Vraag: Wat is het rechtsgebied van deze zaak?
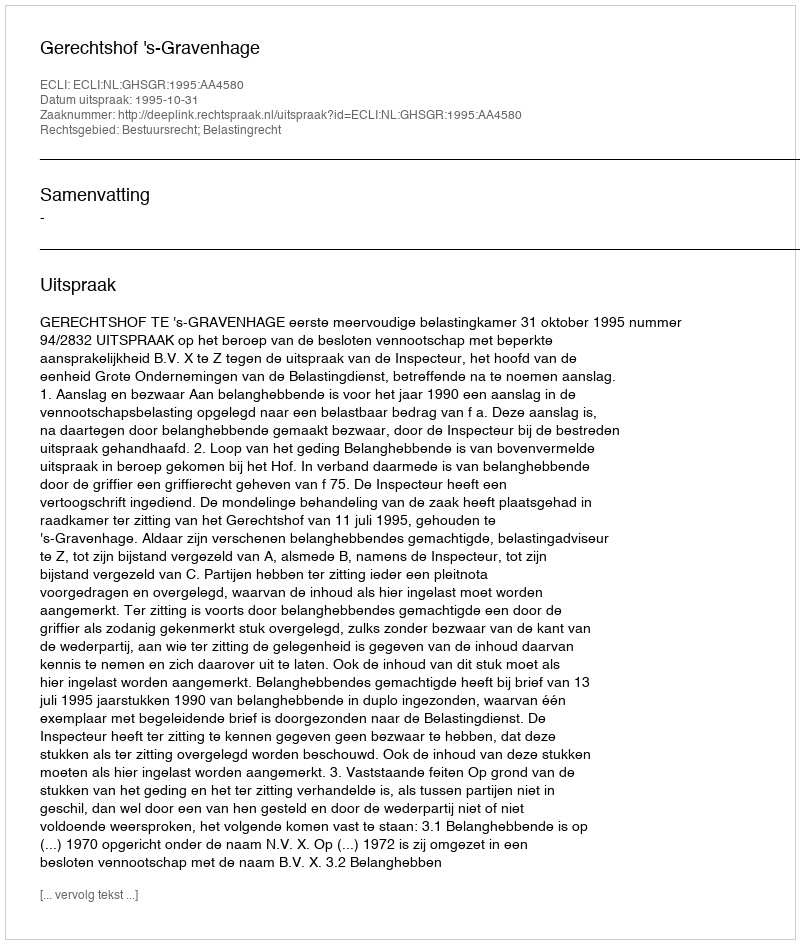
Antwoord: Bestuursrecht; Belastingrecht